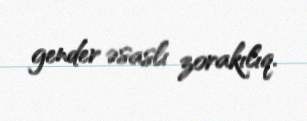
gender əsaslı zorakılıq.